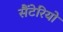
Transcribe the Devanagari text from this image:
सैंटेरियो